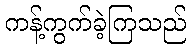
ကန့်ကွက်ခဲ့ကြသည်